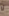
لا